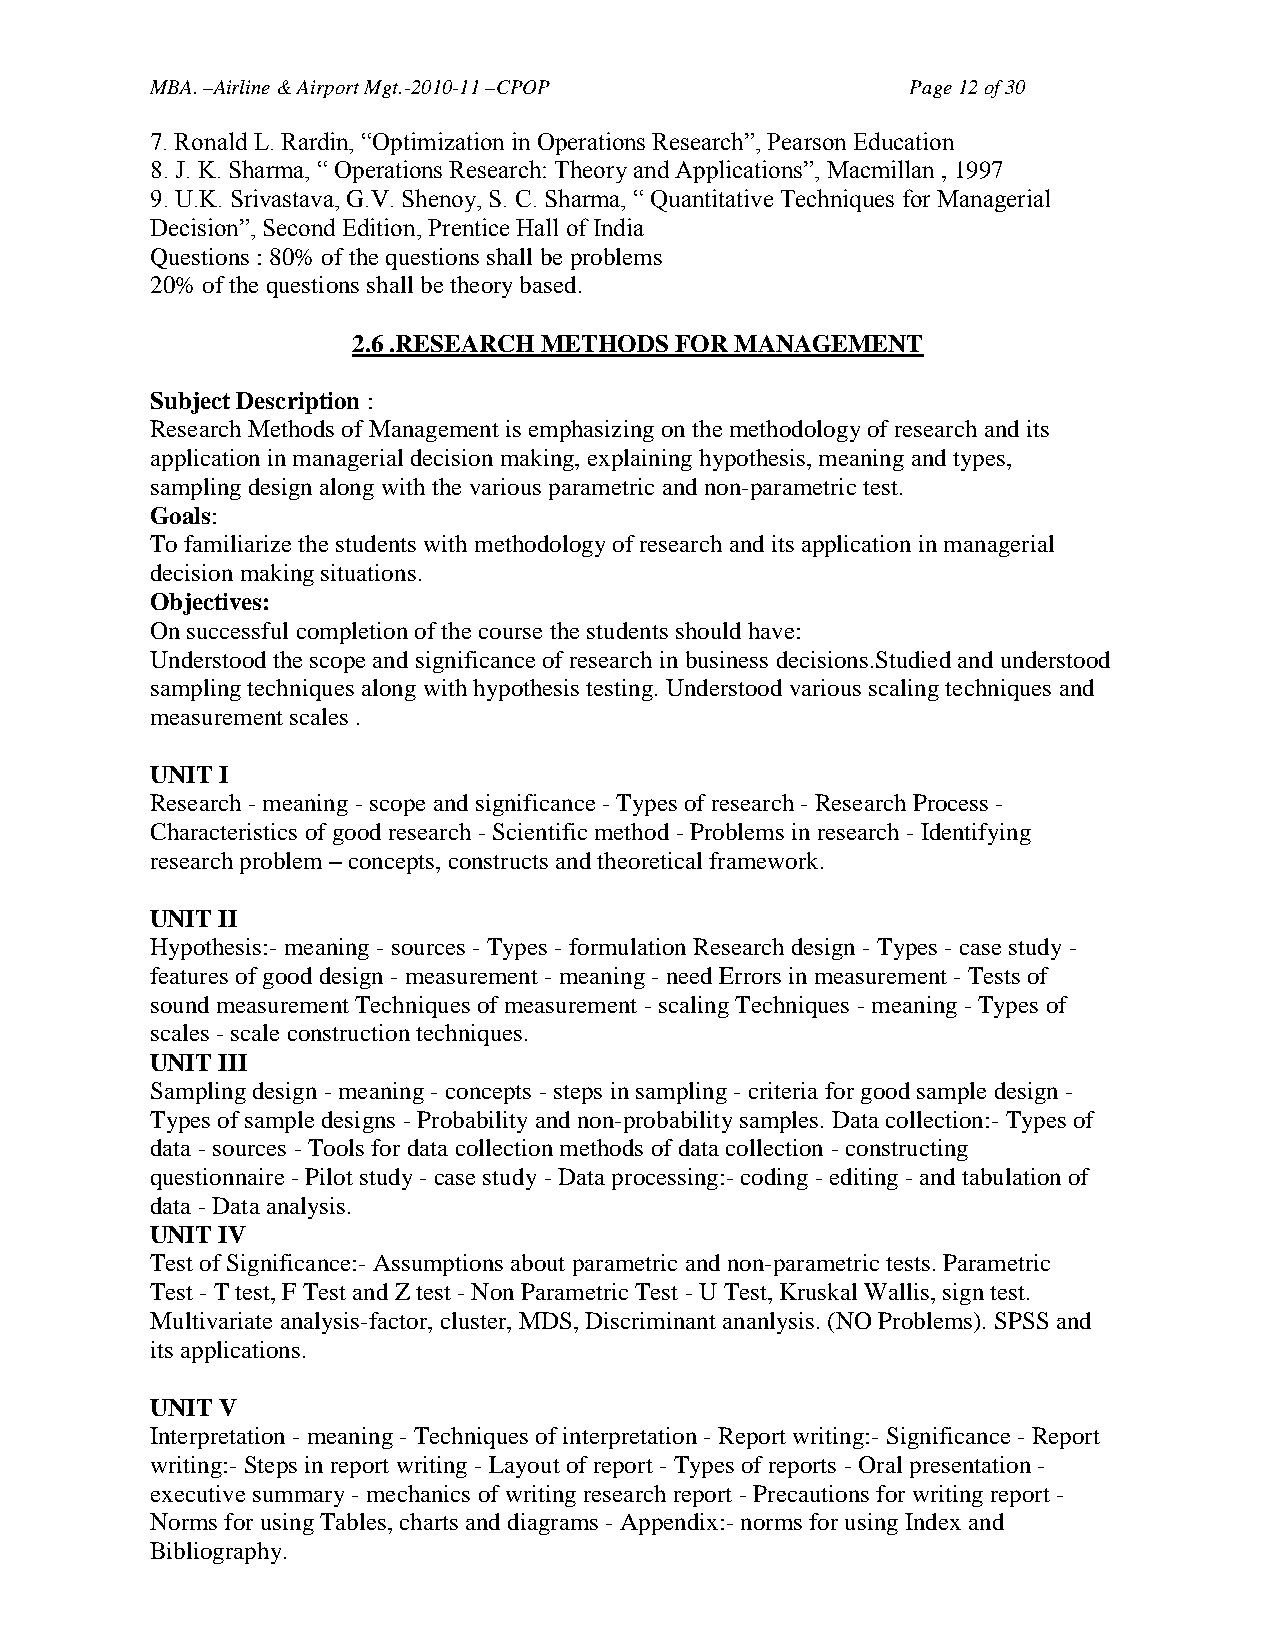
MBA. –Airline & Airport Mgt.-2010-11 –CPOP        Page 12 of 30
 7. Ronald L. Rardin, ―Optimization in Operations Research‖, Pearson Education
 8. J. K. Sharma, ― Operations Research: Theory and Applications‖, Macmillan , 1997
 9. U.K. Srivastava, G.V. Shenoy, S. C. Sharma, ― Quantitative Techniques for Managerial
 Decision‖, Second Edition, Prentice Hall of India
 Questions : 80% of the questions shall be problems
 20% of the questions shall be theory based.
 2.6 .RESEARCH METHODS FOR MANAGEMENT
 Subject Description :
 Research Methods of Management is emphasizing on the methodology of research and its
 application in managerial decision making, explaining hypothesis, meaning and types,
 sampling design along with the various parametric and non-parametric test.
 Goals:
 To familiarize the students with methodology of research and its application in managerial
 decision making situations.
 Objectives:
 On successful completion of the course the students should have:
 Understood the scope and significance of research in business decisions.Studied and understood
 sampling techniques along with hypothesis testing. Understood various scaling techniques and
 measurement scales .
 UNIT I
 Research - meaning - scope and significance - Types of research - Research Process -
 Characteristics of good research - Scientific method - Problems in research - Identifying
 research problem – concepts, constructs and theoretical framework.
 UNIT II
 Hypothesis:- meaning - sources - Types - formulation Research design - Types - case study -
 features of good design - measurement - meaning - need Errors in measurement - Tests of
 sound measurement Techniques of measurement - scaling Techniques - meaning - Types of
 scales - scale construction techniques.
 UNIT III
 Sampling design - meaning - concepts - steps in sampling - criteria for good sample design -
 Types of sample designs - Probability and non-probability samples. Data collection:- Types of
 data - sources - Tools for data collection methods of data collection - constructing
 questionnaire - Pilot study - case study - Data processing:- coding - editing - and tabulation of
 data - Data analysis.
 UNIT IV
 Test of Significance:- Assumptions about parametric and non-parametric tests. Parametric
 Test - T test, F Test and Z test - Non Parametric Test - U Test, Kruskal Wallis, sign test.
 Multivariate analysis-factor, cluster, MDS, Discriminant ananlysis. (NO Problems). SPSS and
 its applications.
 UNIT V
 Interpretation - meaning - Techniques of interpretation - Report writing:- Significance - Report
 writing:- Steps in report writing - Layout of report - Types of reports - Oral presentation -
 executive summary - mechanics of writing research report - Precautions for writing report -
 Norms for using Tables, charts and diagrams - Appendix:- norms for using Index and
 Bibliography.